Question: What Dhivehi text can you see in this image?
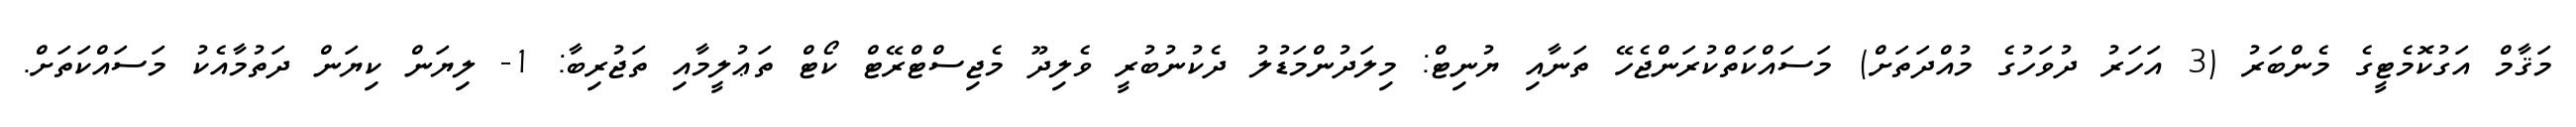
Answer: މަޤާމް އަގުކޮމެޓީގެ މެންބަރު (3 އަހަރު ދުވަހުގެ މުއްދަތަށް) މަސައްކަތްކުރަންޖެހޭ ތަނާއި ޔުނިޓް: މިލަދުންމަޑުލު ދެކުނުބުރީ ވެލިދޫ މެޖިސްޓްރޭޓް ކޯޓް ތަޢުލީމާއި ތަޖުރިބާ: 1- ލިޔަން ކިޔަން ދަތުމާއެކު މަސައްކަތަށް.